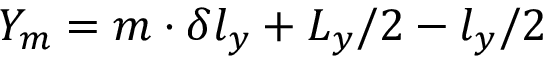
Y _ { m } = m \cdot \delta l _ { y } + L _ { y } / 2 - l _ { y } / 2